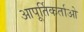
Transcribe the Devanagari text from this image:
आपूर्तिकर्ताओ